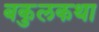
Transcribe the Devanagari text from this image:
बकुलकथा